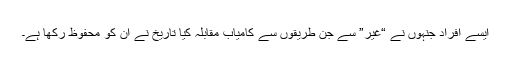
ایسے افراد جنہوں نے “غیر” سے جن طریقوں سے کامیاب مقابلہ کیا تاریخ نے ان کو محفوظ رکھا ہے۔